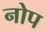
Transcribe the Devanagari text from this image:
नोप